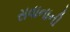
સવાનાની